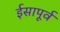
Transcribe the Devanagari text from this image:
र्इसापूर्व